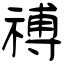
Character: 禣